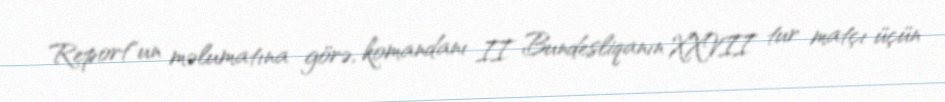
Report"un məlumatına görə, komandanı II Bundesliqanın XXVII tur matçı üçün